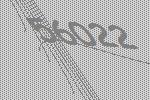
56022